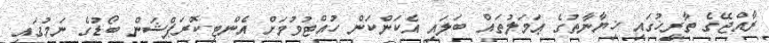
ރާއްޖޭގެ ތާރީޚުގައި ޚިޔާނާތުގެ ޢަމަލުތައް ބަލައި އެކަންކަން ހުއްޓުވުމަށް އެންޓި-ކޮރަޕްޝަން ބޯޑުގެ ނަމުގައި